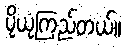
ပိုယုံကြည်တယ်။